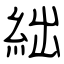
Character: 絀